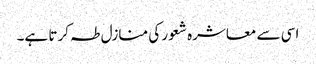
اسی سے معاشرہ شعور کی منازل طہ کرتا ہے۔